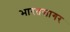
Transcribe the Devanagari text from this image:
भारतसागर